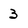
Character: 3